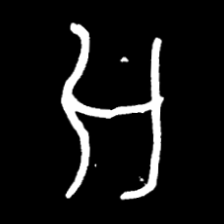
Pyu character \u2014 Myanmar letter: အ (romanized: a)